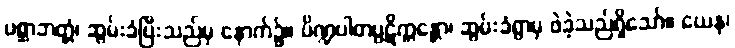
ပစ္ဆာဘတ္တံ၊ ဆွမ်းခံပြီးသည်မှ နောက်၌။ ပိဏ္ဍပါတပ္ပဋိက္ကန္တော၊ ဆွမ်းခံရွာမှ ဖဲခဲ့သည်ရှိသော်။ ယေန၊